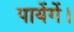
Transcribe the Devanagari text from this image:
पायेंगें।